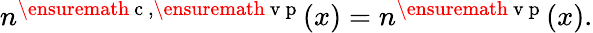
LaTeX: \begin{array}{r}{n^{\ensuremath{\mathrm{~c~}},\ensuremath{\mathrm{~v~p~}}}(x)=n^{\ensuremath{\mathrm{~v~p~}}}(x).}\end{array}